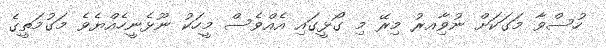
ހުސްވާ މަގަކަށް ނުވާިއރު މިރޭ މި ގޯޅީގައި އެއްވެސް މީހަކު ނޫޅެނީހެއްޔެވެ މަގުމަތީގެ